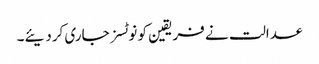
عدالت نے فریقین کو نوٹسز جاری کردیئے۔